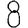
Digit: 8